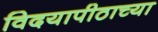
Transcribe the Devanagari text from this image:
विदयापीठाच्या